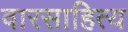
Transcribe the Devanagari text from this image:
वारसाहित्य